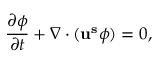
\frac { \partial \phi } { \partial t } + \nabla \cdot ( \mathbf { u ^ { s } } \phi ) = 0 ,